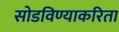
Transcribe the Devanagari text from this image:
सोडविण्याकरिता